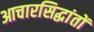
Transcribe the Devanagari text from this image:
आचारसिद्धांतों